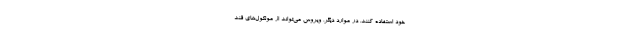
خود استفاده کنند. در موارد دیگر، ویروس می‌تواند از مولکول‌های قند